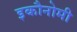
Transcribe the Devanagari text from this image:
इकौनोमी